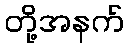
တို့အနက်